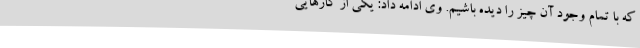
که با تمام وجود آن چیز را دیده باشیم. وی ادامه داد: یکی از کارهایی